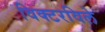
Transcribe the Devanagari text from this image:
विक्टरविले